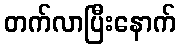
တက်လာပြီးနောက်